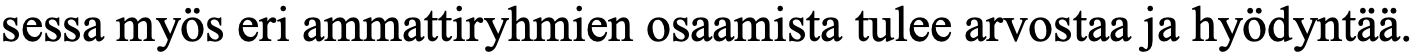
sessa myös eri ammattiryhmien osaamista tulee arvostaa ja hyödyntää.